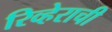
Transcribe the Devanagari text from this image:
रिव्हेराची